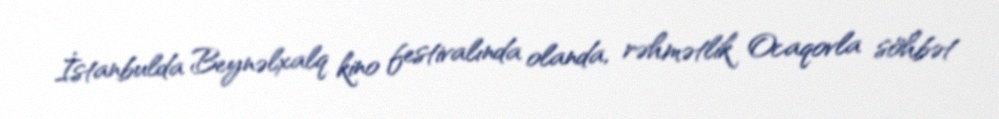
İstanbulda Beynəlxalq kino festivalında olanda, rəhmətlik Ocaqovla söhbət